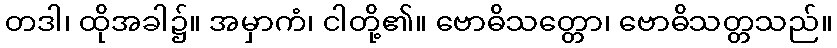
တဒါ၊ ထိုအခါ၌။ အမှာကံ၊ ငါတို့၏။ ဗောဓိသတ္တော၊ ဗောဓိသတ္တသည်။